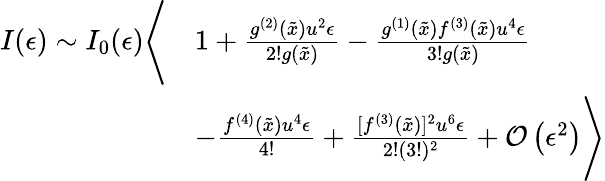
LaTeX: \begin{array}{rl}{I(\epsilon)\sim I_{0}(\epsilon)\Bigg\langle}&{1+\frac{g^{(2)}(\tilde{x})u^{2}\epsilon}{2!g(\tilde{x})}-\frac{g^{(1)}(\tilde{x})f^{(3)}(\tilde{x})u^{4}\epsilon}{3!g(\tilde{x})}}\\ &{-\frac{f^{(4)}(\tilde{x})u^{4}\epsilon}{4!}+\frac{[f^{(3)}(\tilde{x})]^{2}u^{6}\epsilon}{2!(3!)^{2}}+\mathcal{O}\left(\epsilon^{2}\right)\Bigg\rangle}\end{array}